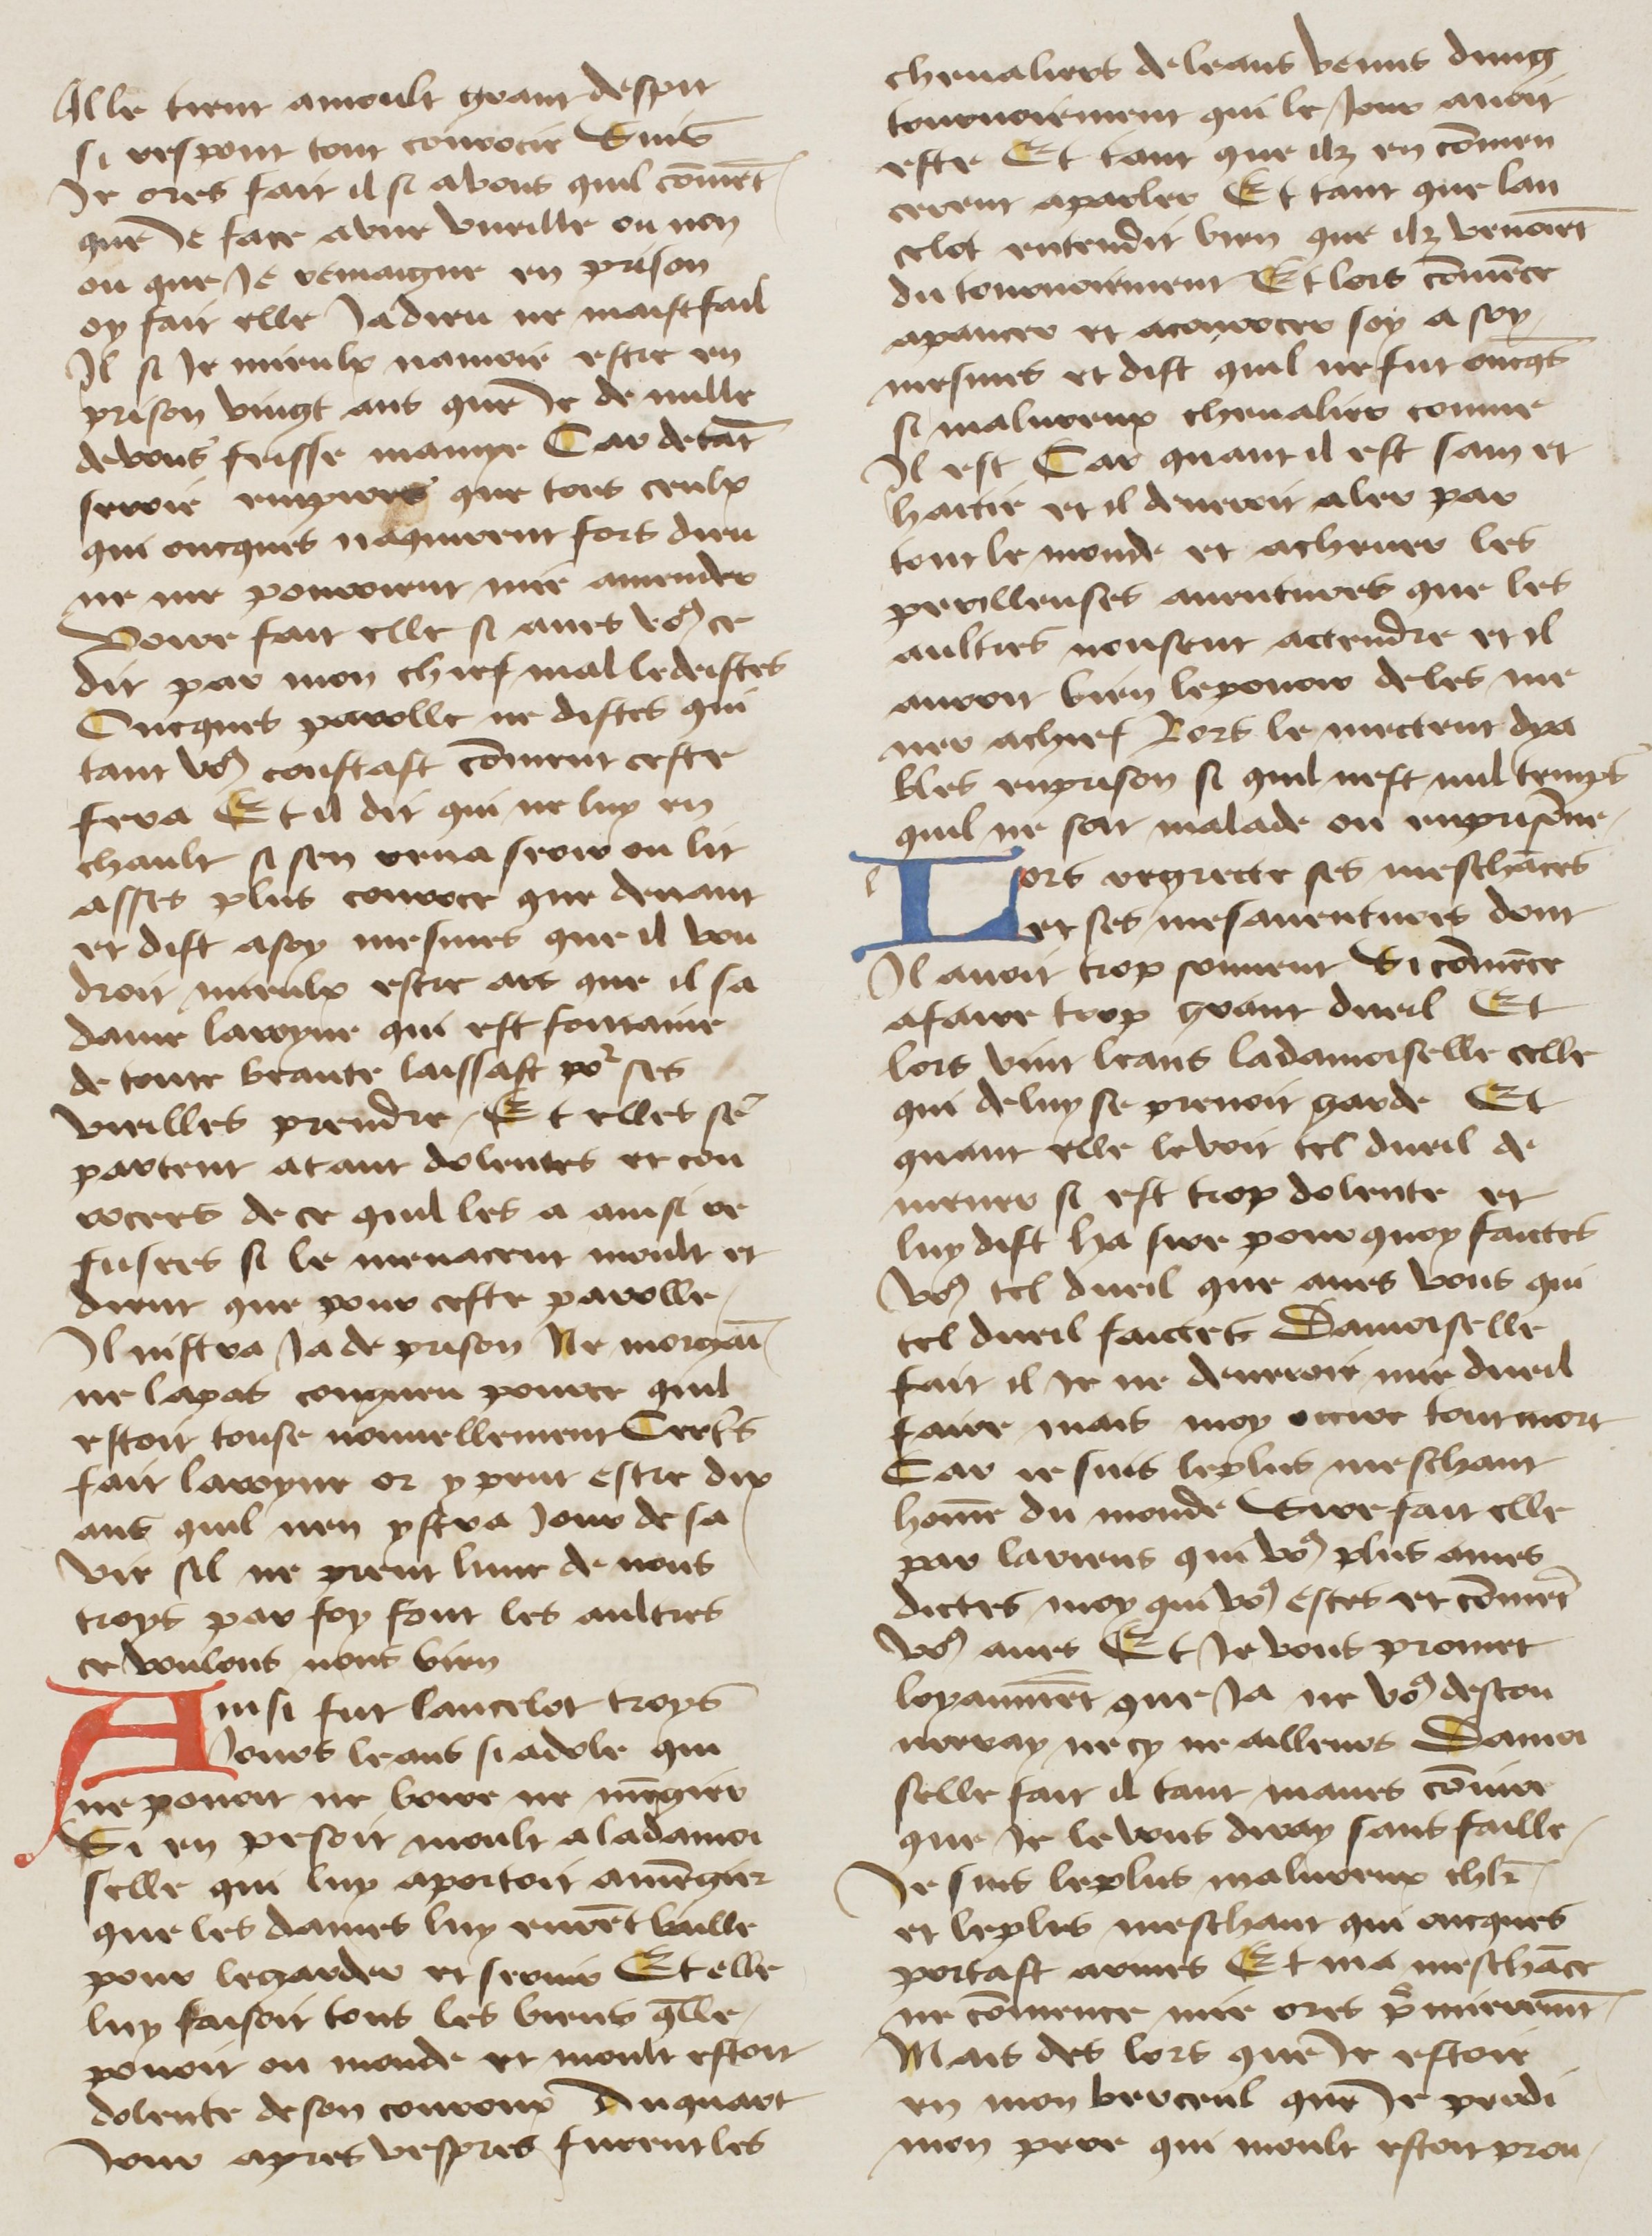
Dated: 1400–1499